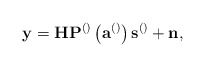
\begin{align*}\mathbf{y}=\mathbf{H}\mathbf{P}^{\left(\right)}\left(\mathbf{a}^{\left(\right)}\right)\mathbf{s}^{\left(\right)}+\mathbf{n}, \end{align*}